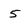
Character: 5